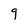
Character: 9